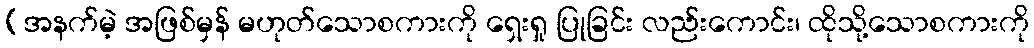
(အနက်မဲ့ အဖြစ်မှန် မဟုတ်သောစကားကို ရှေးရှု ပြုခြင်း လည်းကောင်း၊ ထိုသို့သောစကားကို